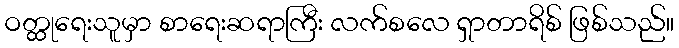
ဝတ္ထုရေးသူမှာ စာရေးဆရာကြီး လက်စလေ ရှာတာရိစ် ဖြစ်သည်။